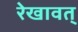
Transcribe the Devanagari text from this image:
रेखावत्‌